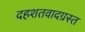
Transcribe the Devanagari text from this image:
दहशतवादग्रस्त